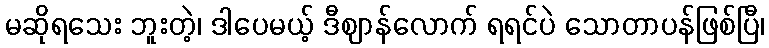
မဆိုရသေး ဘူးတဲ့၊ ဒါပေမယ့် ဒီဈာန်လောက် ရရင်ပဲ သောတာပန်ဖြစ်ပြီ၊